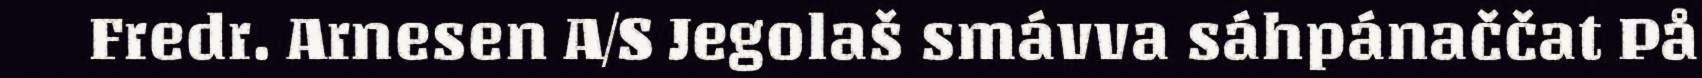
Fredr. Arnesen A/S Jegolaš smávva sáhpánaččat På